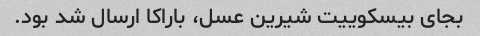
بجای بیسکوییت شیرین عسل، باراکا ارسال شد بود.